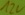
Text: 12V